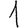
Digit: 1